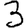
Digit: 3